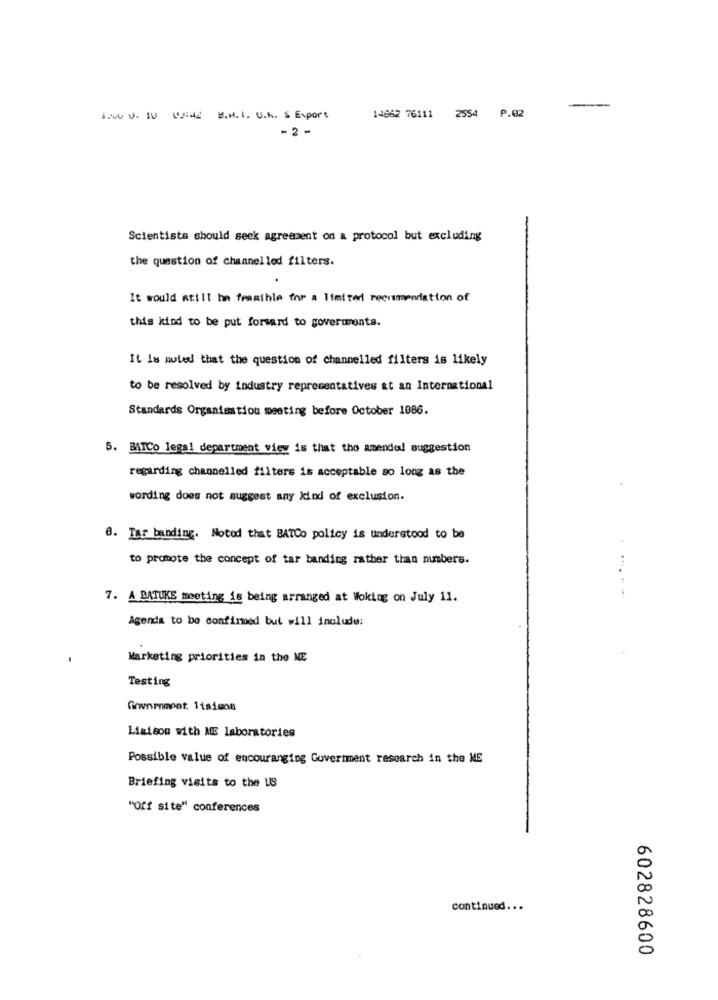
-
IN U. 10 02:44 M.H.I. U.h. & Export
14862 76111 2554 P.62
-2 -
Scientists should seek agreement on a protocol but excluding
the question of channelled filters.
It would still he feasible for a limited recommendation of
this kind to be put forward to goverments.
It Is muted that the question of channelled filters is likely
to be resolved by industry representatives at an International
Standards Organisation meeting before October 1086.
5. BATCo legal department view is that tho amended suggestion
regarding channelled filters is acceptable so long as the
wording does not suggest any kind of exclusion.
6. Tar banding. Noted that BATCo policy is understood to be
to promote the concept of tar banding rather than numbers.
7. A BATUKE meeting is being arranged at Woking on July 11.
Agenda to be confirmed but will include:
Marketing priorities in the ME
Testing
Ginvnrnmpot. liaison
Liaison with ME laboratories
Possible value of encouranging Goverment research in the ME
Briefing visits to the US
"Off site" conferences
continued ...
602828600